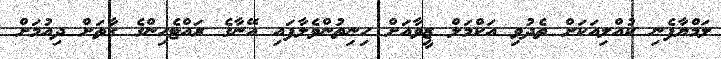
ލަމްޔާފެނި ކުއްލިއަކަށް ތެދުވި އަކްމަލް ޒީވާއަށް ހިނިތުންވެލާފައި އޭނާގެ ރައްޓެހިންގެ ގާތަށް ދިއުމަށް